65_HS1-834228961_62-HQ-83894_Section_10
Agency: FBI
Page 7
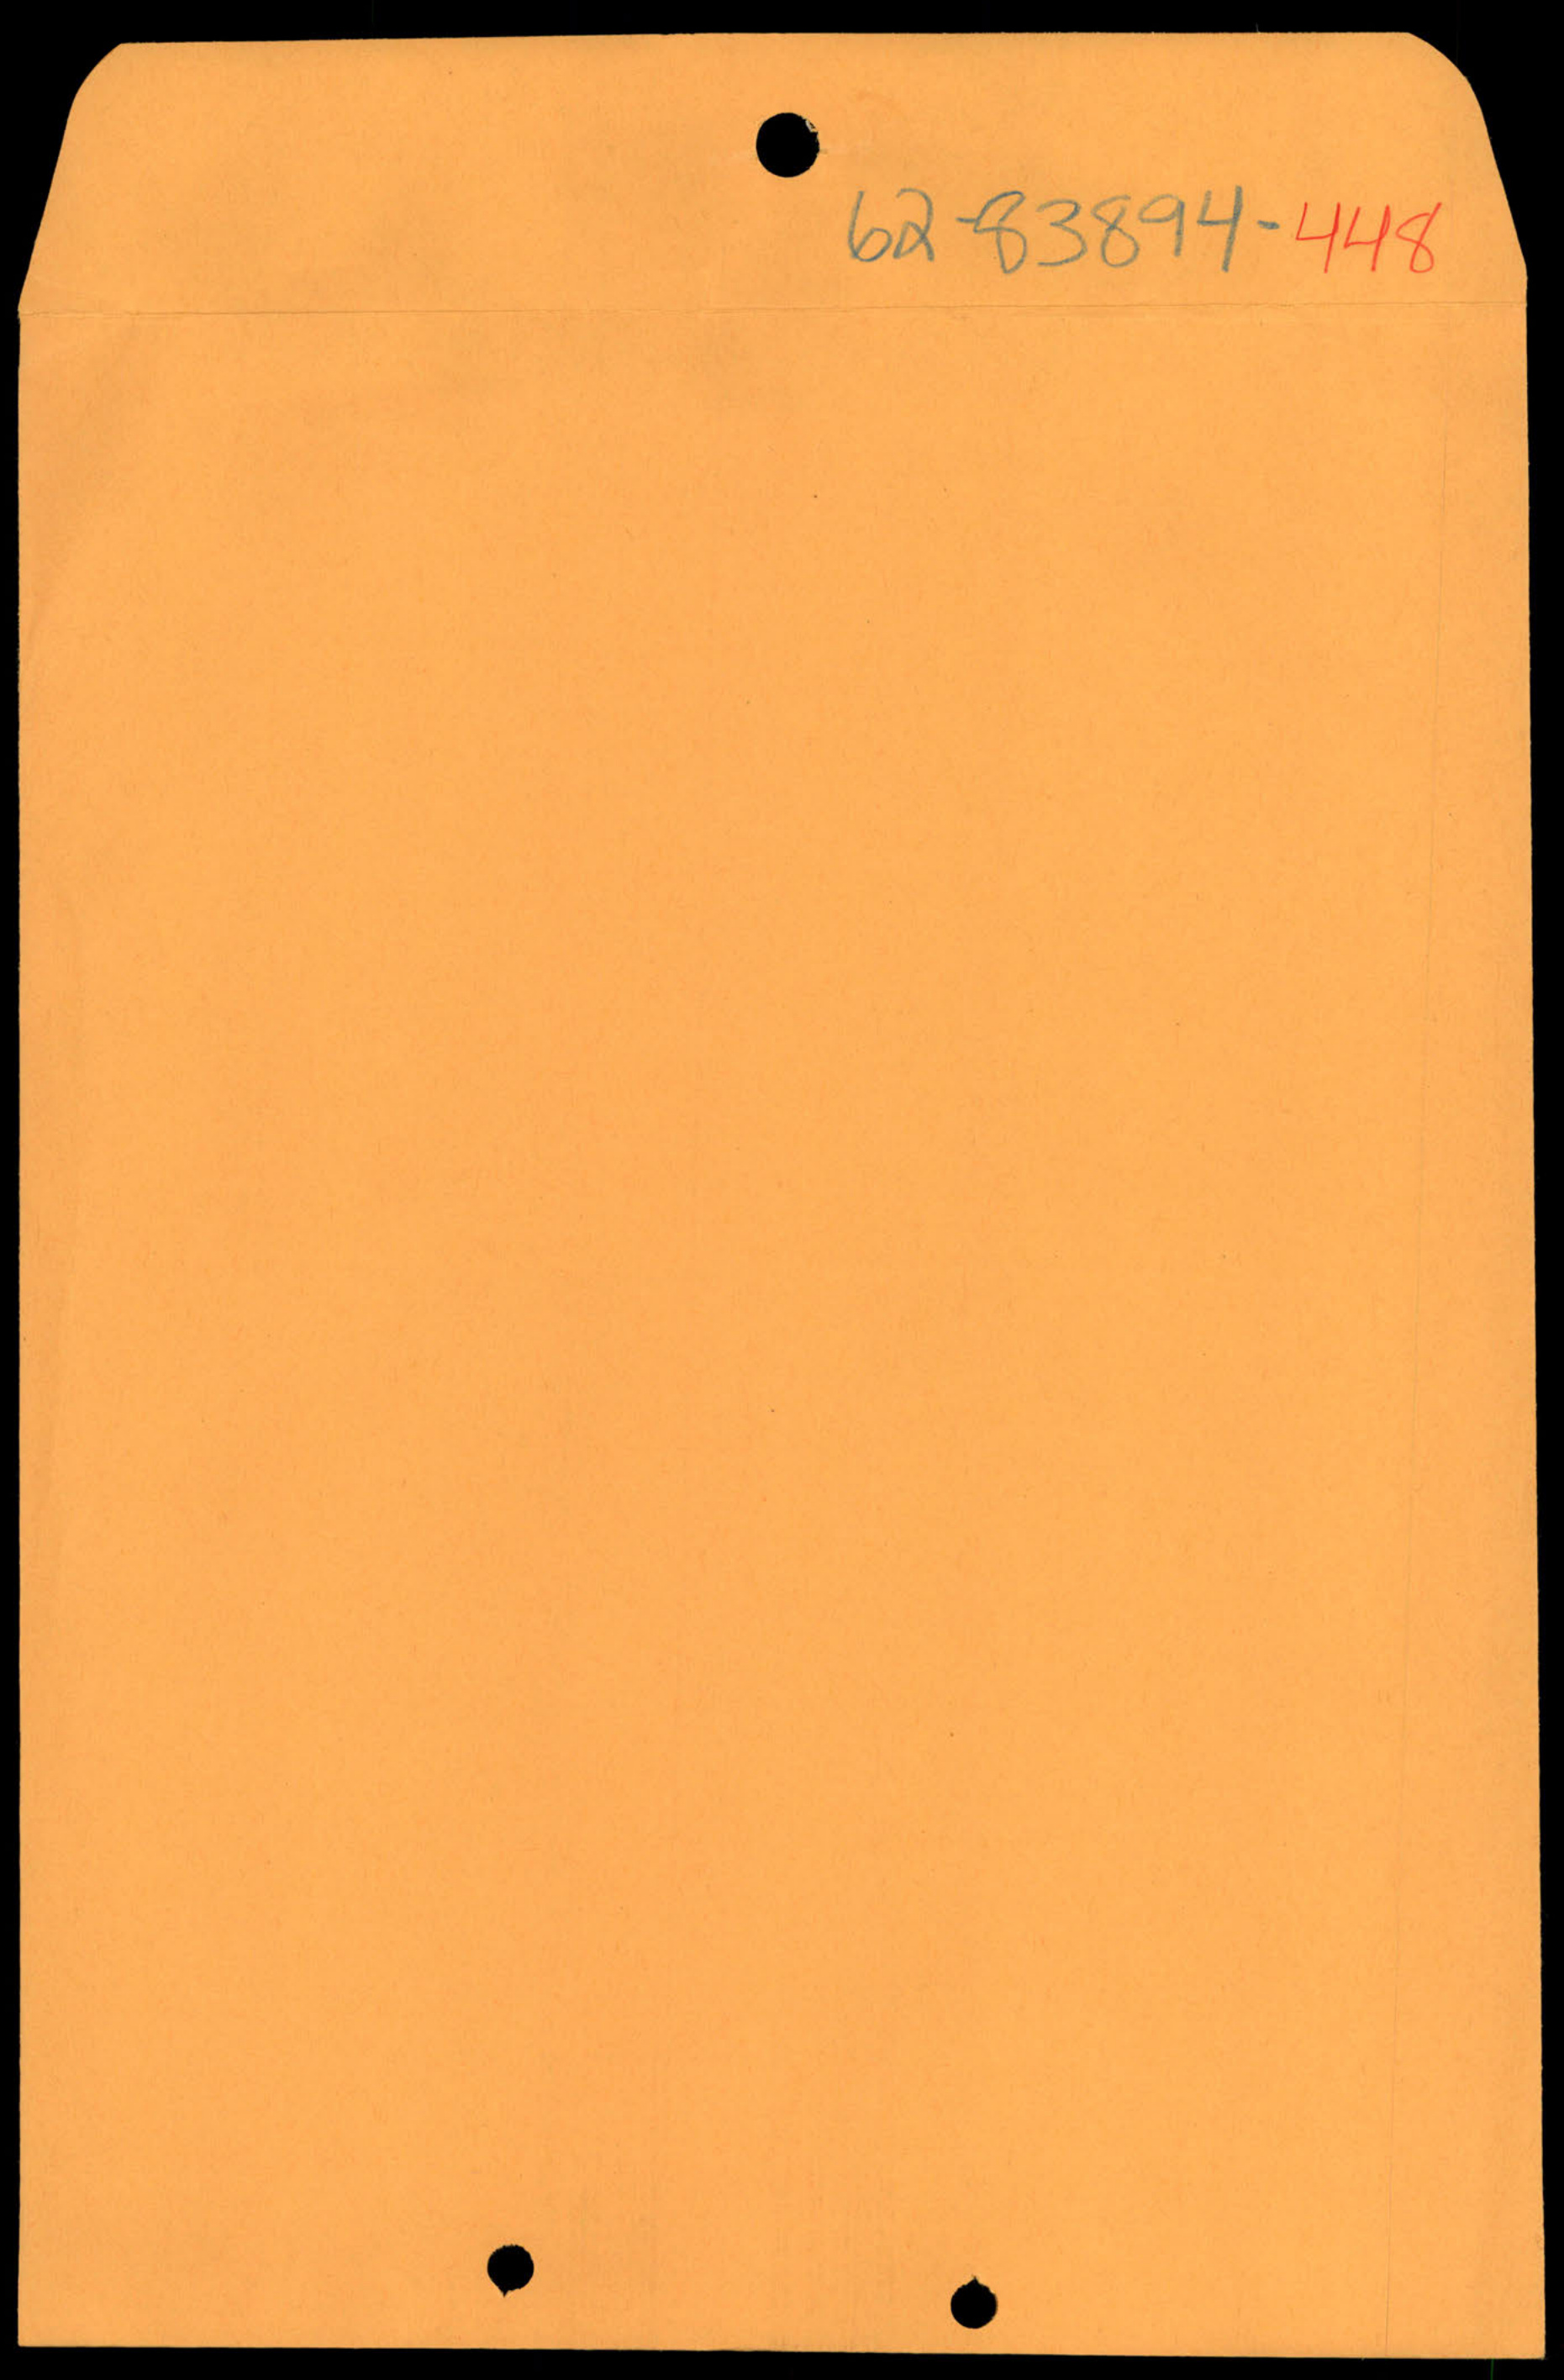